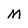
Character: M